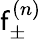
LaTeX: \mathsf{f}_{\pm}^{(n)}